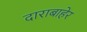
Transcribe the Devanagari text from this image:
दाराबाहेर